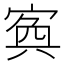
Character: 寏